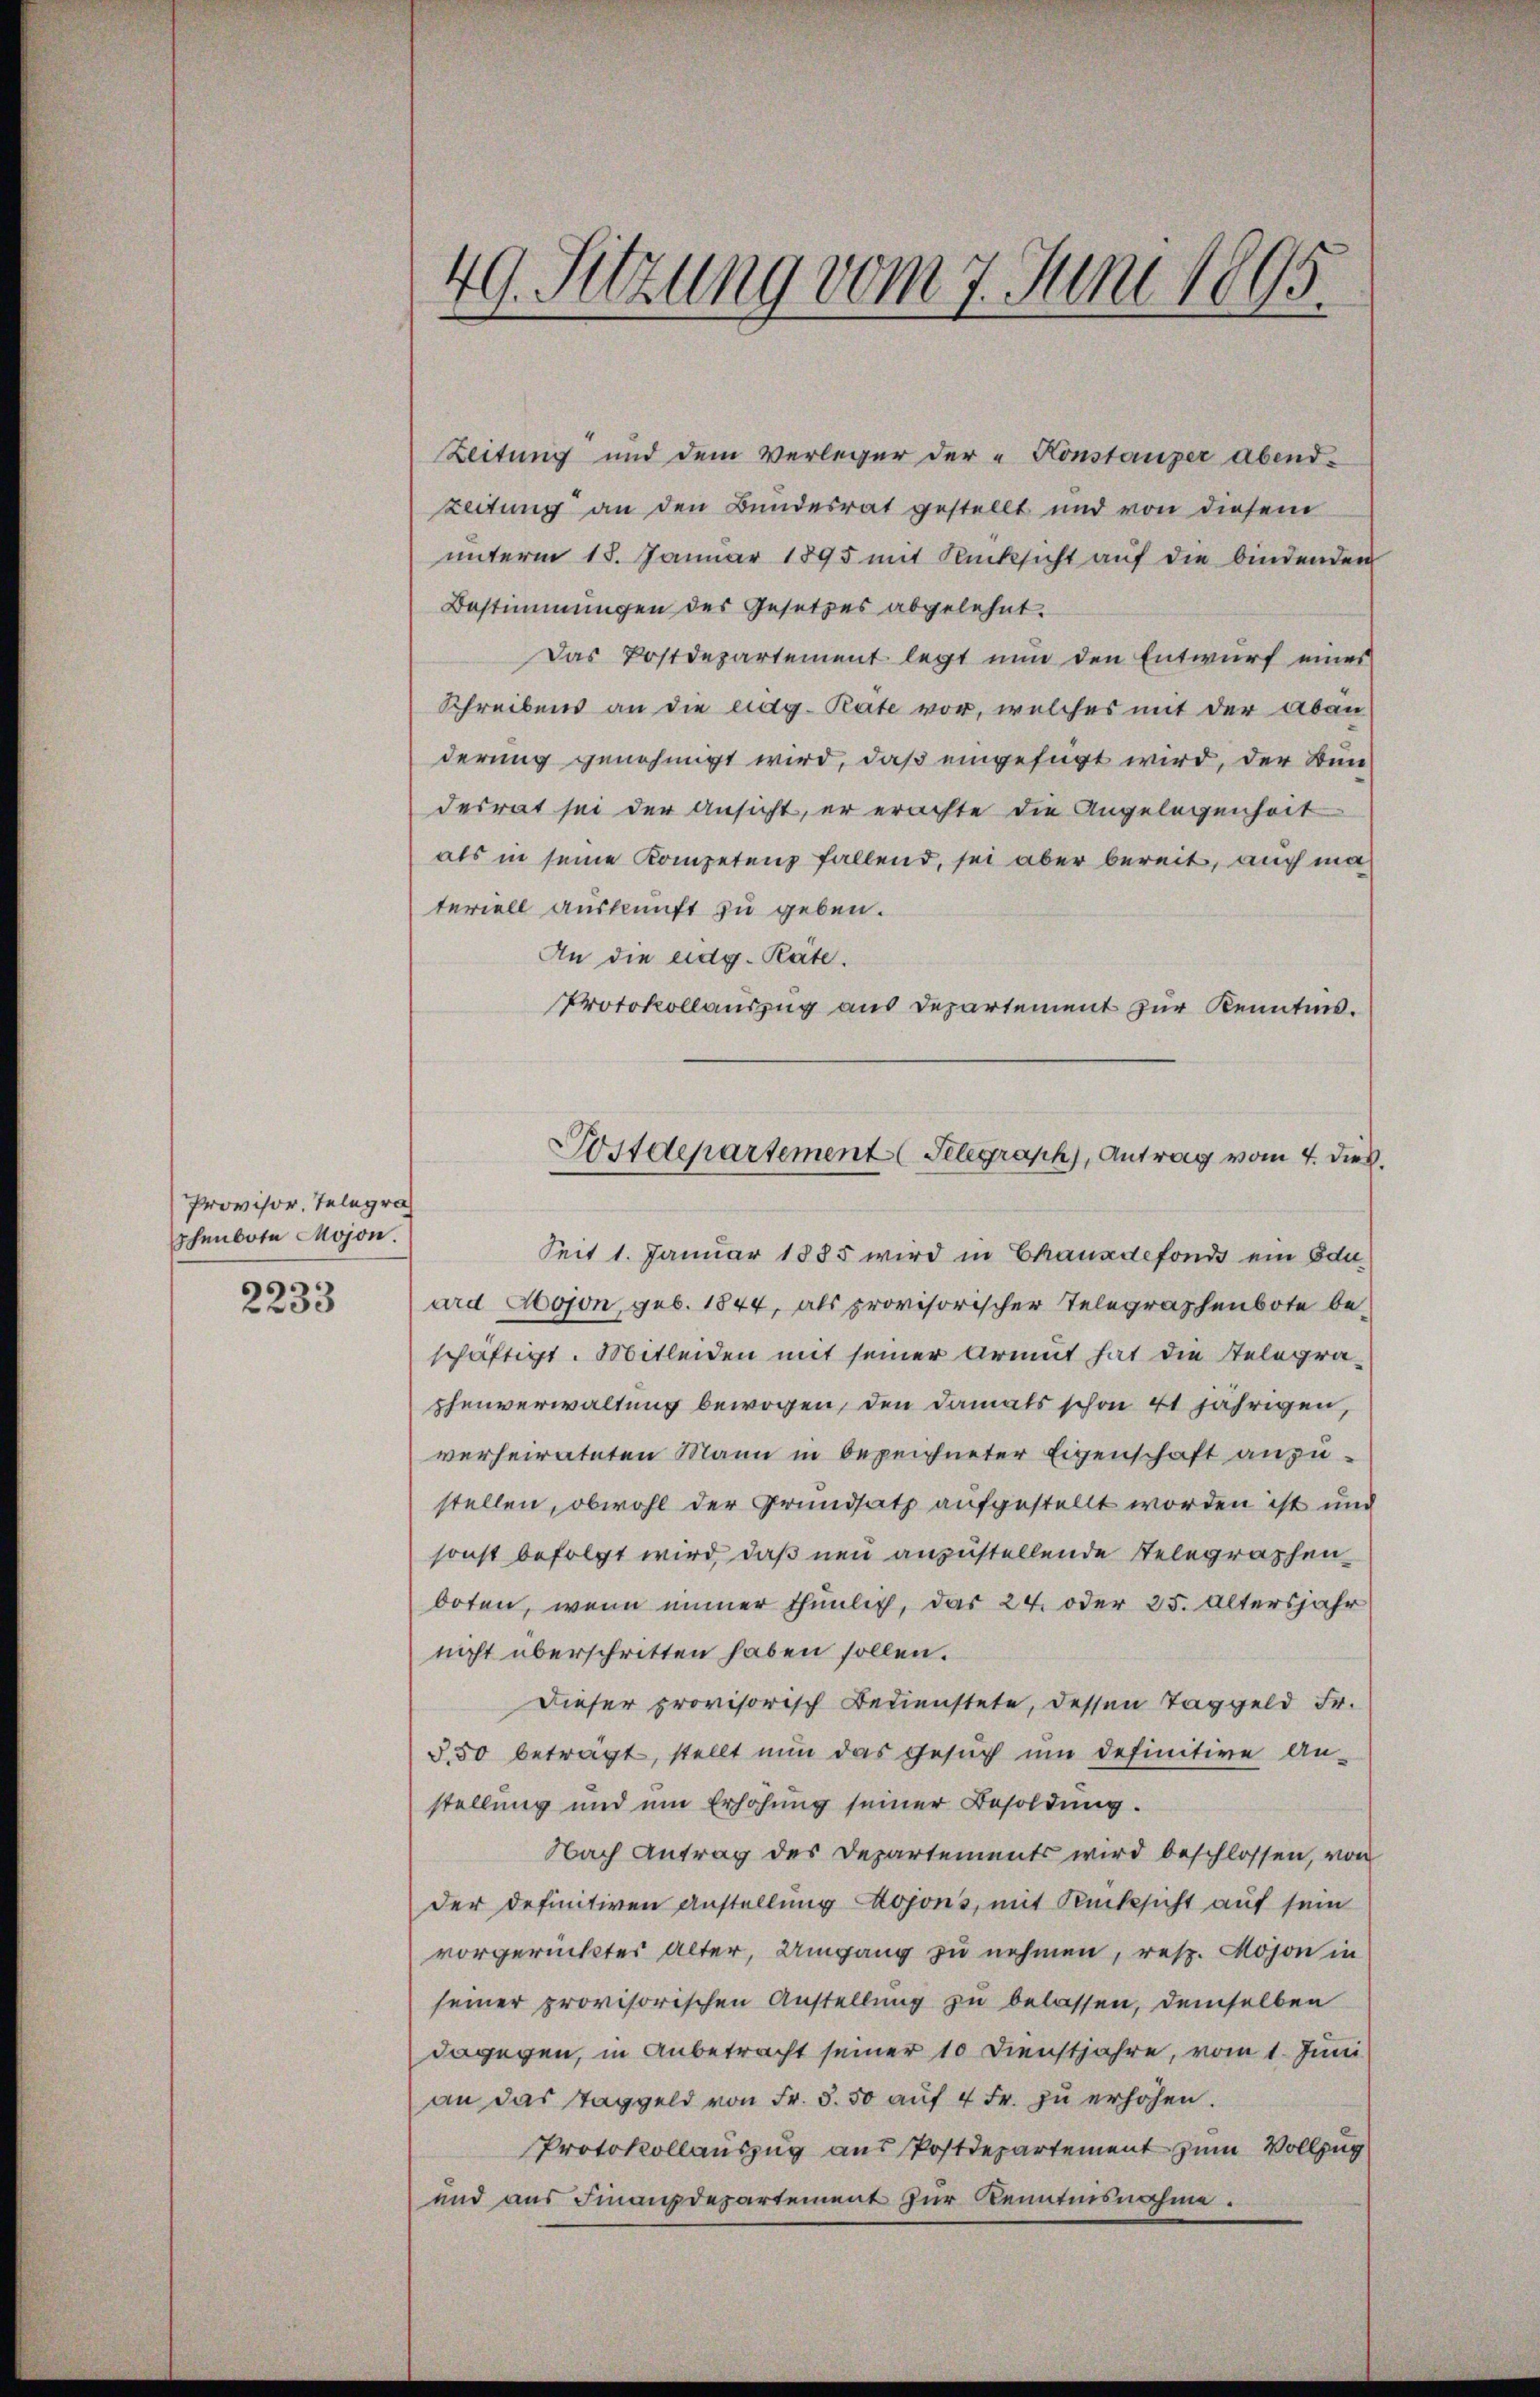
Provisor, Telegra
schenbote Mojon.
2233

49. Sitzung vom 7. Juni 1895.

Zeitung und dem Verleger der „Konstanzer abend-
Leitung an den Bundesrat gestellt und von diesem
unterm 18. Januar 1895 mit Rücksicht auf die bindenden
Bestimmungen des Gesetzes abgelehnt.
Das Postdepartement legt nun den Entwurf eines
Schreibens an die eidg. Pate vor, welches mit der Aban-
derung genehmigt wird, daß eingefügt wird, der Bundesrat sei der Ansicht, er erachte die Angelegenheit
als in seine Kompetenz fallend, sei aber bereit, auch ma
teriell Auskunft zu geben.
An die eidg. Räte.
Protokollauszug aus Departement zur Kenntnis.
Seit 1. Januar 1885 wird in Chauxdefonds ein Edu
ard Hoson, geb. 1844, als provisorischer Telegraphenbote beschäftigt. Mitleiden mit seiner Armut hat die Stelegraphenverwaltung bewogen, den damals schon 41 jährigen,
verheirateten Mann in bezeichneter Eigenschaft anzustellen, obwohl der Grundsatz aufgestellt worden ist und
sonst befolgt wird, daß neu anzustellende Telegraphenboten, wenn immer thunlich, das 24. oder 25. Altersjahr
nicht überschritten haben sollen.
Dieser provisorisch Bedienstete, dessen Taggeld Fr.
3.50 beträgt, stellt nun das Gesŭch ŭm definitive An-
stellung und ein Erhöhung seiner Besoldung.
Nach Antrag des Departements wird beschlossen, von
der definitiven Anstellung Aojons, mit Rücksicht auf sein
vorgerückter alter, Umgang zu nehmen, resp. Mojon in
seiner provisorischen Anstellung zu belassen, demselben
dagegen, in Anbetracht seiner 10 Dienstjahre, vom 1. Juni
an das Taggeld von Fr. 5. 50 auf 4 Fr. zŭ erhöhen.
Protokollauszug aus Postdepartement zum Vollzug
und aus Finanzdepartement zur Kenntnisnahme.

Postdepartement Telegraph, Antrag vom 4. dieß.